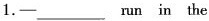
1.—___run in the